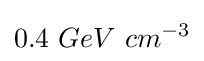
0.4\ GeV\ cm^{-3}